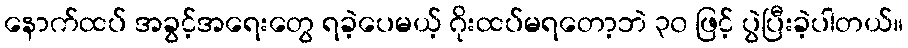
နောက်ထပ် အခွင့်အရေးတွေ ရခဲ့ပေမယ့် ဂိုးထပ်မရတော့ဘဲ ၃၀ ဖြင့် ပွဲပြီးခဲ့ပါတယ်။